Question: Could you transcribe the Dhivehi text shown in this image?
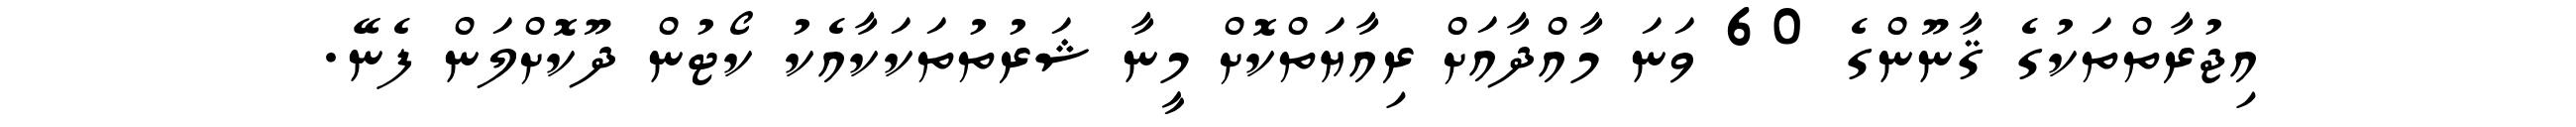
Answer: އިޖުރާތްތަކުގެ ޤާނޫންގެ 60 ވަނަ މާއްދާއަށް ރިއާޔަތްކޮށް މީނާ ޝަރުތުތަކަކާއެކު ކޯޓުން ދޫކޮށްލަން ފެނޭ.